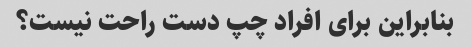
بنابراین برای افراد چپ دست راحت نیست؟